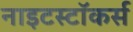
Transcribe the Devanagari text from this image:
नाइटस्टॉकर्स